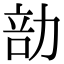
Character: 勏